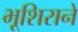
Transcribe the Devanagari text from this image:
भूशिराने